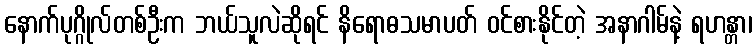
နောက်ပုဂ္ဂိုလ်တစ်ဦးက ဘယ်သူလဲဆိုရင် နိရောဓသမာပတ် ဝင်စားနိုင်တဲ့ အနာဂါမ်နဲ့ ရဟန္တာ၊